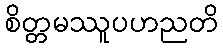
စိတ္တမဿူပဟညတိ